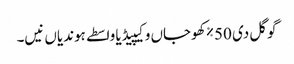
گوگل دی 50٪ کھوجاں وکیپیڈیا واسطے ہوندیاں نیں۔